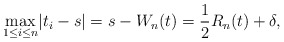
\begin{gather*}\underset{1\leq i\leq n} \max|t_i - s| = s -W_n(t) =\frac{1}{2}R_n(t) + \delta,\end{gather*}